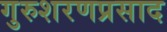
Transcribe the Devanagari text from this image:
गुरुशरणप्रसाद